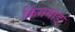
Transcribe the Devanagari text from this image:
किंगयाड